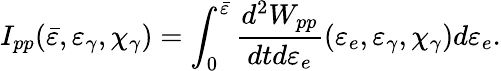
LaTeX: I_{pp}(\bar{\varepsilon},\varepsilon_{\gamma},\chi_{\gamma})=\int_{0}^{\bar{\varepsilon}}\frac{d^{2}W_{pp}}{dtd\varepsilon_{e}}(\varepsilon_{e},\varepsilon_{\gamma},\chi_{\gamma})d\varepsilon_{e}.